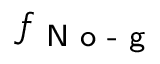
f _ { \textsf { N o - g } }